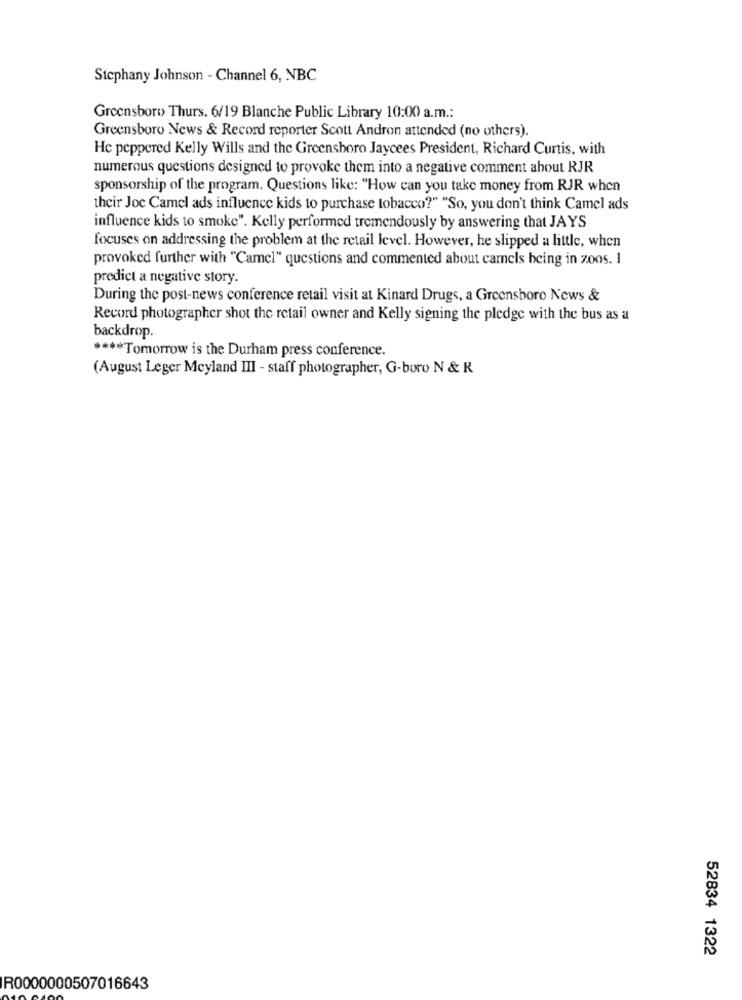
Stephany Johnson - Channel 6, NBC
Greensboro Thurs. 6/19 Blanche Public Library 10:00 a.m .:
Greensboro News & Record reporter Scott Andron attended (no others).
Hc peppered Kelly Wills and the Greensboro Jaycees President, Richard Curtis, with
numerous questions designed to provoke them into a negative comment about RJR
sponsorship of the program. Questions like: "How can you take money from RJR when
their Joc Camel ads influence kids to purchase tobacco?" "So, you don't think Camel ads
influence kids to smoke". Kelly performed tremendously by answering that JAYS
focuses on addressing the problem at the retail level. However, he slipped a little, when
provoked further with "Camel" questions and commented about camels being in 2005. I
predict a negative story.
During the post-news conference retail visit at Kinard Drugs, a Greensboro News &
Record photographer shot the retail owner and Kelly signing the pledge with the bus as a
backdrop.
**** Tomorrow is the Durham press conference.
(August Leger Meyland III - staff photographer, G-buro N & R
52834 1322
R0000000507016643